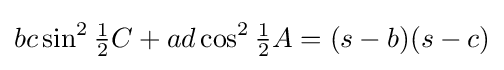
bc\sin ^{2}{\tfrac {1}{2}}C+ad\cos ^{2}{\tfrac {1}{2}}A=(s-b)(s-c)